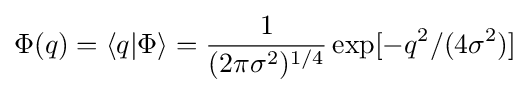
\Phi (q)=\langle q|\Phi \rangle ={\frac {1}{(2\pi \sigma ^{2})^{1/4}}}\exp[-q^{2}/(4\sigma ^{2})]